Scottish Leaving Certificate Examination, 1957
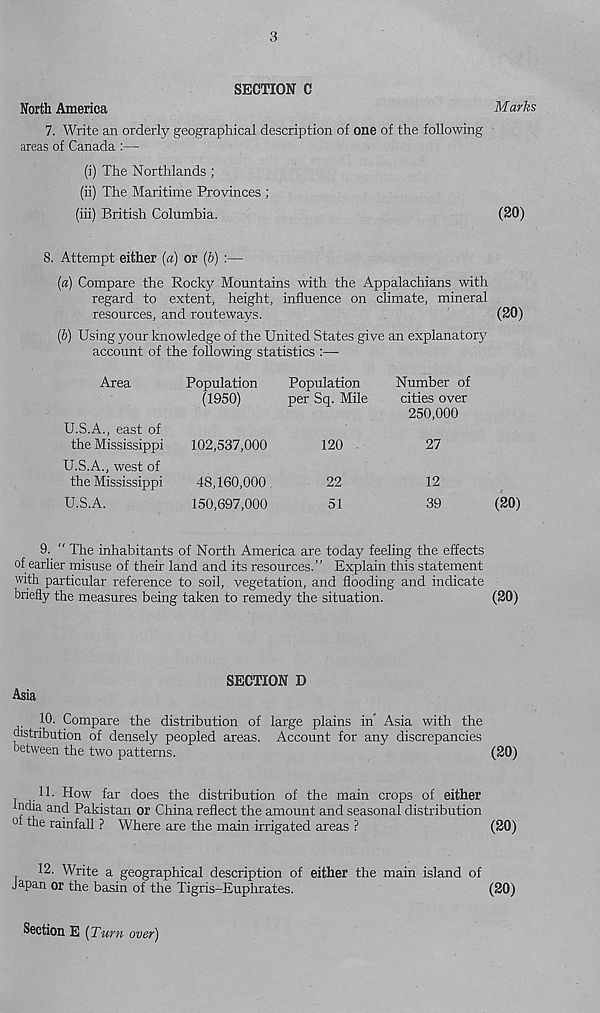
3
SECTION C
North America
Marks
7. Write an orderly geographical description of one of the following
areas of Canada :—
(i) The Northlands ;
(ii) The Maritime Provinces ;
(iii) British Columbia.
(20)
8. Attempt either [a) or (6) :—
[а) Compare the Rocky Mountains with the Appalachians with
regard to extent, height, influence on climate, mineral
resources, and routeways.
(20)
(б) Using your knowledge of the United States give an explanatory
account of the following statistics :—■
Area
U.S.A., east of
the Mississippi
U.S.A., west of
the Mississippi
U.S.A.
Population
Population
(1950)
per Sq. Mile
102,537,000
48,160,000
150,697,000
120
22
51
Number of
cities over
250,000
27
12
39
(20)
9. “ The inhabitants of North America are today feeling the effects
of earlier misuse of their land and its resources.” Explain this statement
with particular reference to soil, vegetation, and flooding and indicate
briefly the measures being taken to remedy the situation.
(20)
SECTION D
Asia
10. Compare the distribution of large plains in' Asia with the
distribution of densely peopled areas. Account for any discrepancies
between the two patterns.
(20)
11- How far does the distribution of the main crops of either
tndia and Pakistan or China reflect the amount and seasonal distribution
oi the rainfall ? Where are the main irrigated areas ?
(20)
12. Write a geographical description of either the main island of
Japan or the basin of the Tigris-Euphrates.
(20)
Section E (Turn over)